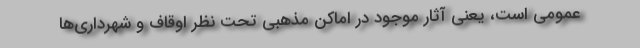
عمومی است، یعنی آثار موجود در اماکن مذهبی تحت نظر اوقاف و شهرداری‌ها